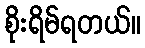
စိုးရိမ်ရတယ်။